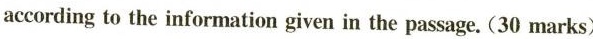
according to the information given in the passage. (30 marks)